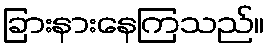
ခြားနားနေကြသည်။